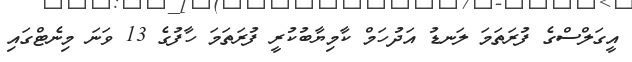
އީގަލްސްގެ ފުރަތަމަ ލަނޑު އަދުހަމް ކާމިޔާބުކުރީ ފުރަތަމަ ހާފުގެ 13 ވަނަ މިނެޓްގައި